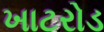
ખાટરોડ